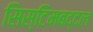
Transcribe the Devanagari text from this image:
सिस्टिमबद्दल